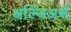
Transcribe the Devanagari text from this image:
अल्जिअर्स